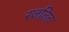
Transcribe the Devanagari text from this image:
रजतित